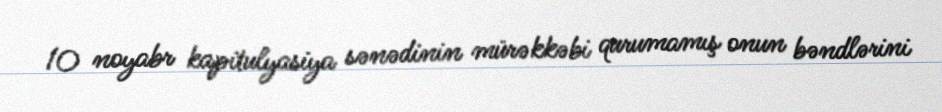
10 noyabr kapitulyasiya sənədinin mürəkkəbi qurumamış onun bəndlərini